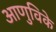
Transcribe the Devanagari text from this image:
आणुविके